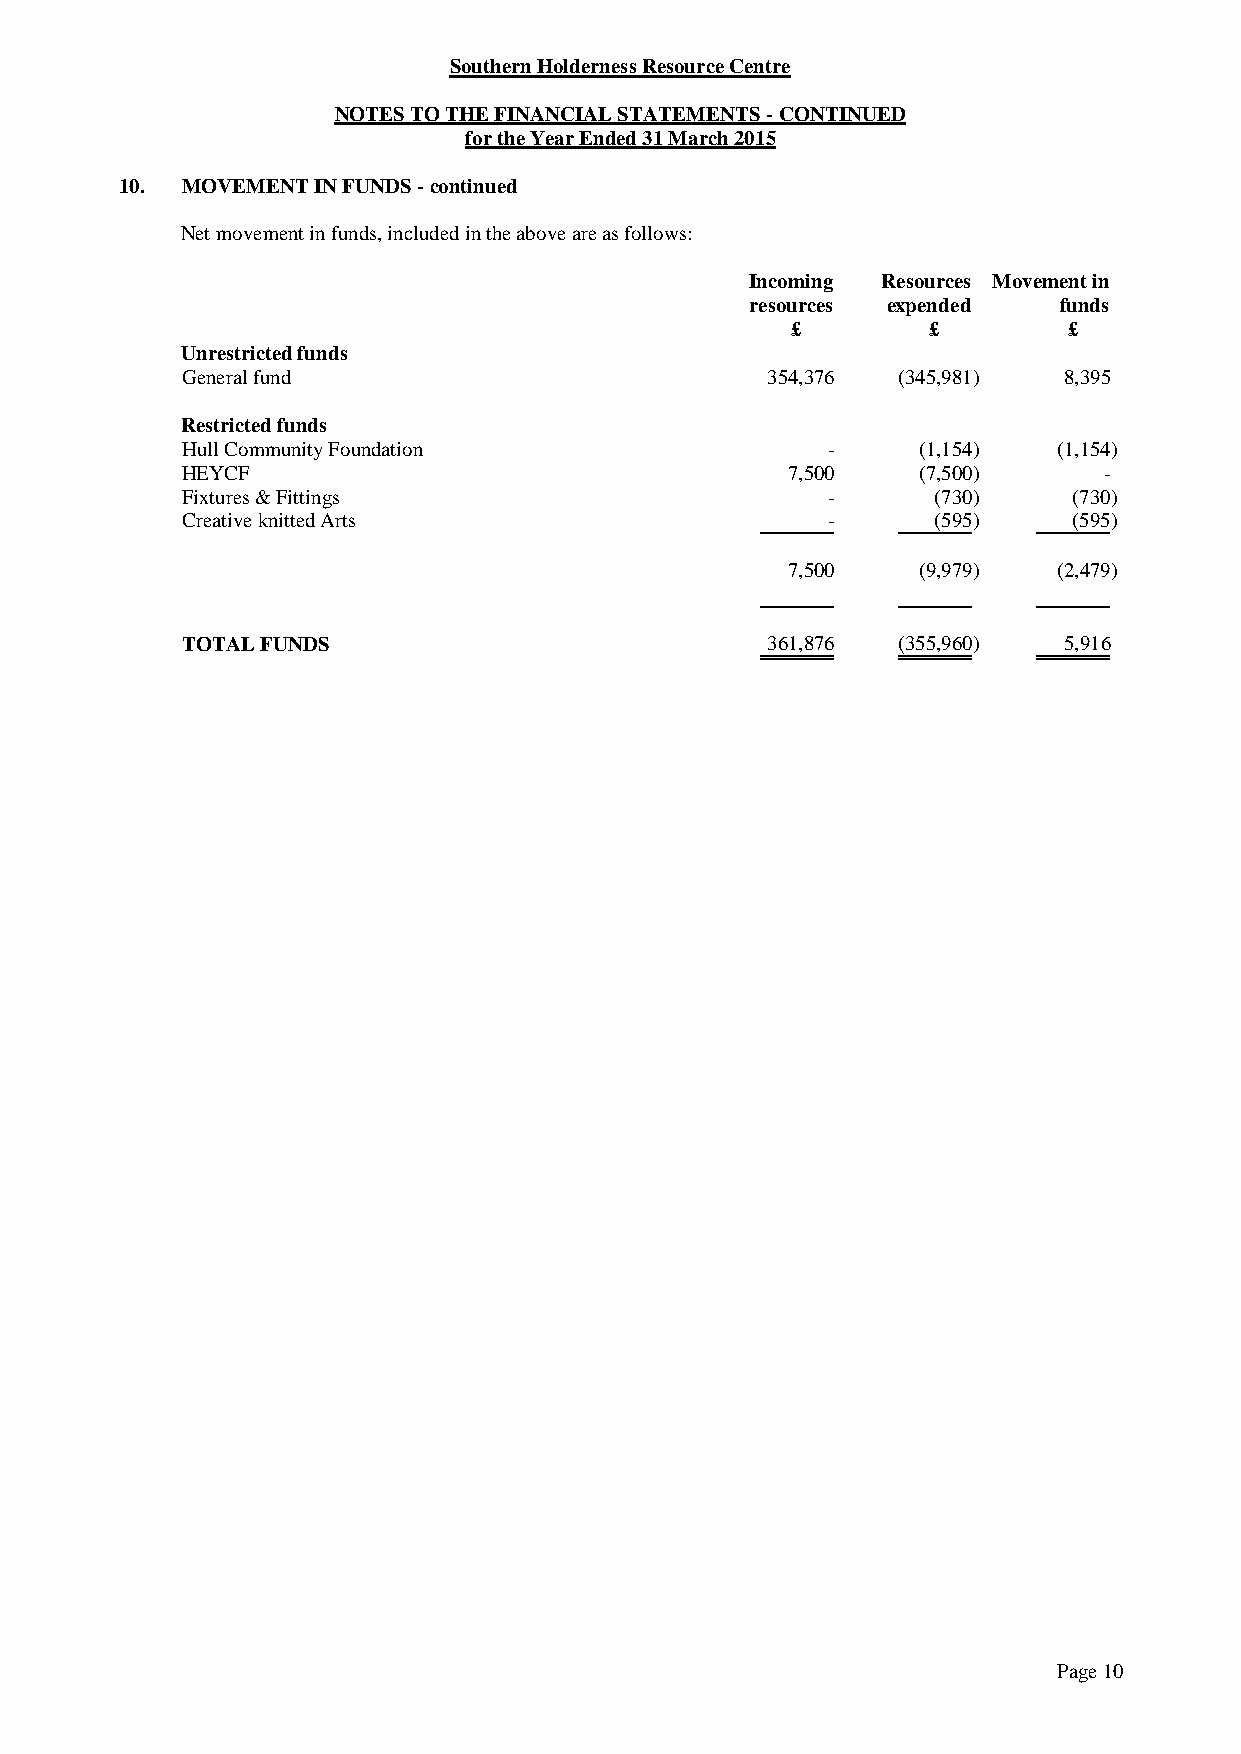
Southern Holderness Resource Centre
 NOTES TO THE FINANCIAL STATEMENTS - CONTINUED
 for the Year Ended 31 March 2015
 10. MOVEMENT IN FUNDS - continued
 Net movement in funds, included in the above are as follows:
 Incoming Resources Movement in
 resources expended  funds
 £        £         £
 Unrestricted funds
 General fund                           354,376 (345,981)  8,395
 Restricted funds
 Hull Community Foundation                  -     (1,154)  (1,154)
 HEYCF                                   7,500    (7,500)     -
 Fixtures & Fittings                        -      (730)    (730)
 Creative knitted Arts                      -      (595)    (595)
 7,500    (9,979)  (2,479)
 TOTAL FUNDS                            361,876 (355,960)  5,916
 Page 10